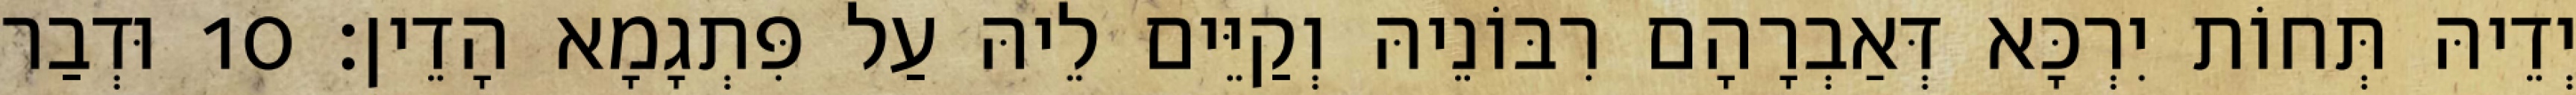
יְדֵיהּ תְּחוֹת יִרְכָּא דְּאַבְרָהָם רִבּוֹנֵיהּ וְקַיֵּים לֵיהּ עַל פִּתְגָמָא הָדֵין׃ 10 וּדְבַר